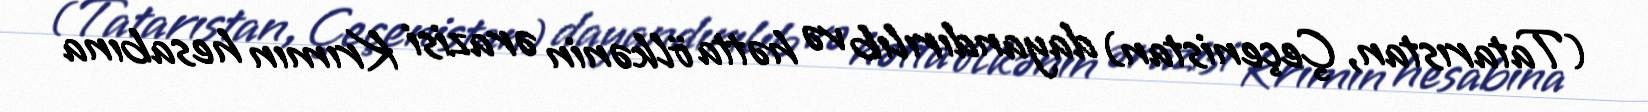
(Tatarıstan, Çeçenistan) dayandırılıb və hətta ölkənin ərazisi Krımın hesabına